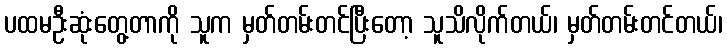
ပထမဦးဆုံးတွေ့တာကို သူက မှတ်တမ်းတင်ပြီးတော့ သူသိလိုက်တယ်၊ မှတ်တမ်းတင်တယ်၊